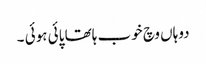
دوہاں وچ خوب ہاتھا پائی ہوئی ۔